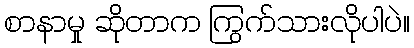
စာနာမှု ဆိုတာက ကြွက်သားလိုပါပဲ။